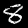
Label: 8